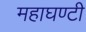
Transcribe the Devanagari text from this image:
महाघण्टी